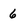
Character: 6